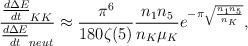
LaTeX: \begin{align*}\frac{ \frac{d\Delta E}{dt}_{KK}}{ \frac{d\Delta E}{dt}_{neut}} \approx \frac{\pi^6}{180 \zeta(5)} \frac{n_{1}n_{5}}{n_{K} \mu_{K}} e^{- \pi\sqrt{\frac{n_{1}n_{5}}{n_{K}}}},\end{align*}